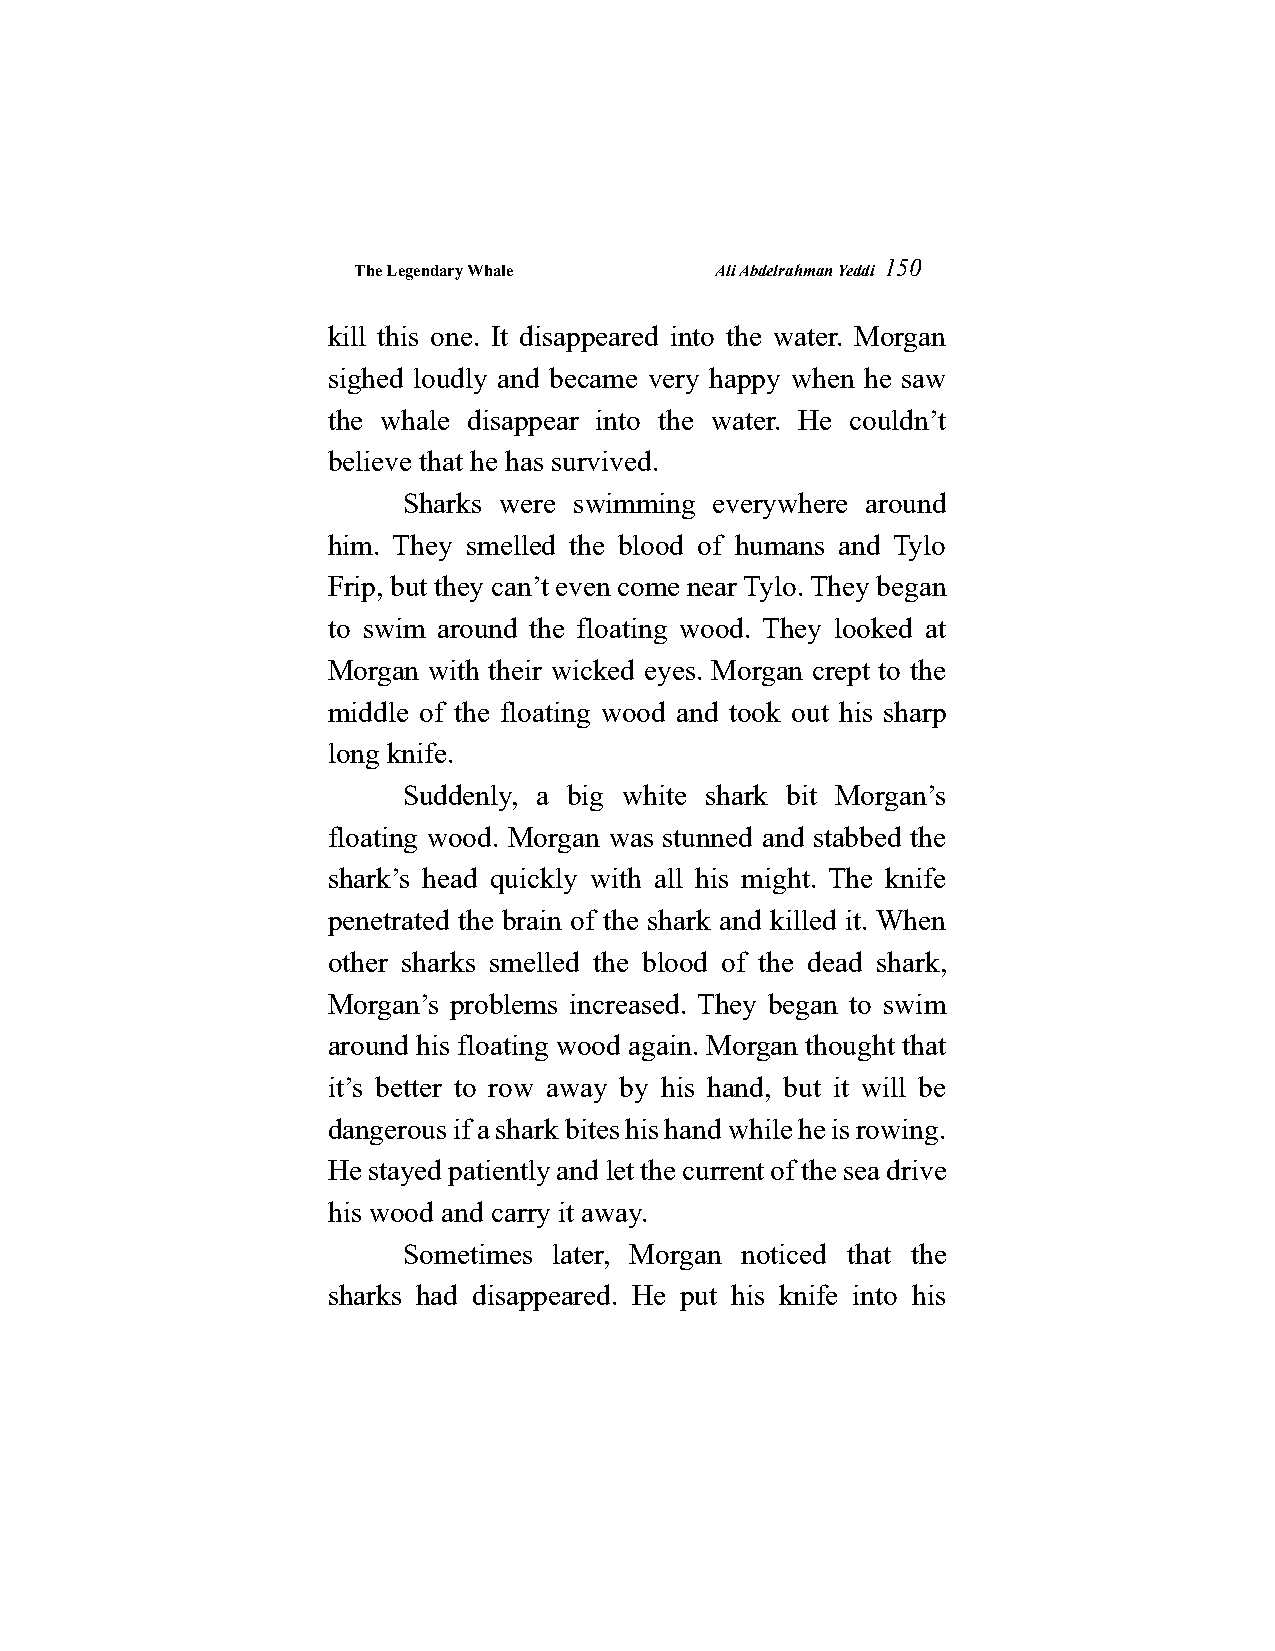
The Legendary Whale     Ali Abdelrahman Yeddi
 150
 kill this one. It disappeared into the water. Morgan
 sighed loudly and became very happy when he saw
 the whale disappear into the water. He couldn’t
 believe that he has survived.
 Sharks were swimming everywhere around
 him. They smelled the blood of humans and Tylo
 Frip, but they can’t even come near Tylo. They began
 to swim around the floating wood. They looked at
 Morgan with their wicked eyes. Morgan crept to the
 middle of the floating wood and took out his sharp
 long knife.
 Suddenly, a big white shark bit Morgan’s
 floating wood. Morgan was stunned and stabbed the
 shark’s head quickly with all his might. The knife
 penetrated the brain of the shark and killed it. When
 other sharks smelled the blood of the dead shark,
 Morgan’s problems increased. They began to swim
 around his floating wood again. Morgan thought that
 it’s better to row away by his hand, but it will be
 dangerous if a shark bites his hand while he is rowing.
 He stayed patiently and let the current of the sea drive
 his wood and carry it away.
 Sometimes later, Morgan noticed that the
 sharks had disappeared. He put his knife into his